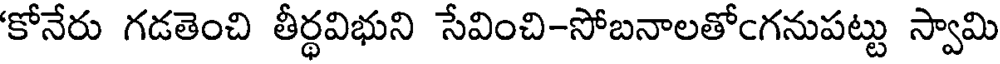
'కోనేరు గడతెంచి తీర్థవిభుని సేవించి-సోబనాలతోఁగనుపట్టు స్వామి